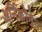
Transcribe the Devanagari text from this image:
अर्निकोनेच